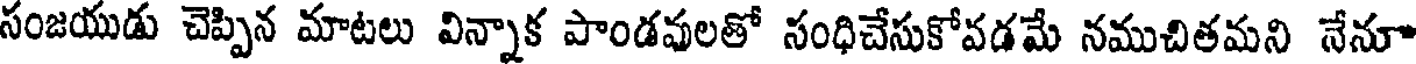
సంజయుడు చెప్పిన మాటలు విన్నాక పాండవలతో నంధిచేసుకోవడమే నముచితమని నేనూ